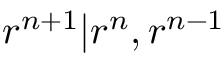
r ^ { n + 1 } | r ^ { n } , r ^ { n - 1 }